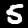
Digit: 5